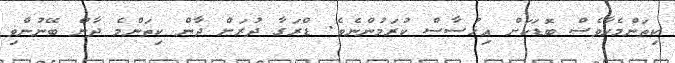
ކިތަންމެހާވެސް ބޮޑަކަށް އިޚުސާސް ކުރަމުންނެވެ. ޑްރަގާ ދުރަށް ދާން ކިތަންމެ ދާން ބޭނުންވި